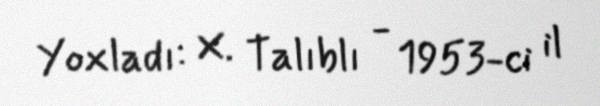
Yoxladı: X. Talıblı - 1953-ci il